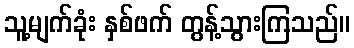
သူ့မျက်ခုံး နှစ်ဖက် တွန့်သွားကြသည်။